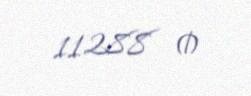
11288 ₼